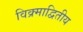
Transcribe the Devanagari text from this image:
विक्र्माद्वितीय